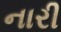
નારી